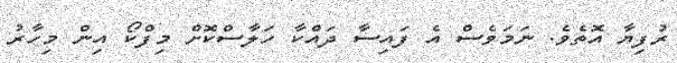
ރުފިޔާ އޮތެވެ. ނަމަވެސް އެ ފައިސާ ދައްކާ ހަލާސްކޮށް މިފްކޯ އިން މިހާރު